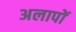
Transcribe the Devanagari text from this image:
अलापों